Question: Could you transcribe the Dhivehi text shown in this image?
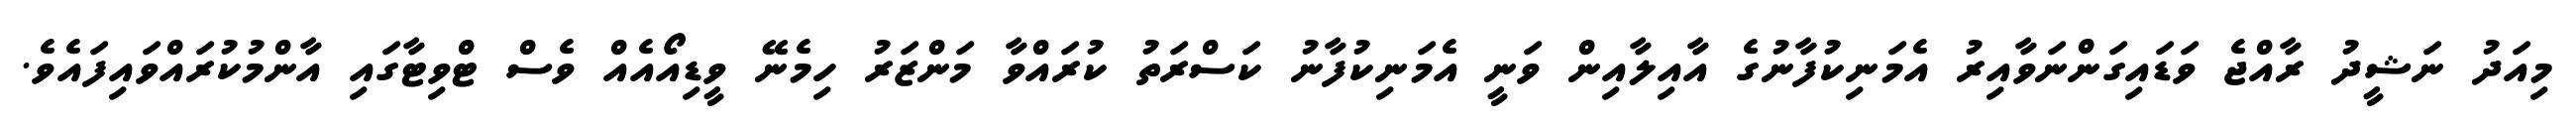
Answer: މިއަދު ނަޝީދު ރާއްޖެ ވަޑައިގަންނަވާއިރު އެމަނިކުފާނުގެ އާއިލާއިން ވަނީ އެމަނިކުފާނު ކަސްރަތު ކުރައްވާ މަންޒަރު ހިމެނޭ ވީޑިއޯއެއް ވެސް ޓްވިޓާގައި އާންމުކުރައްވައިފައެވެ.